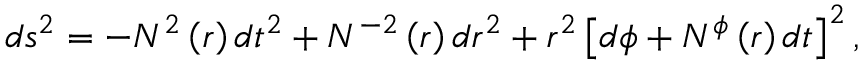
d s ^ { 2 } = - N ^ { 2 } \left( r \right) d t ^ { 2 } + N ^ { - 2 } \left( r \right) d r ^ { 2 } + r ^ { 2 } \left[ d \phi + N ^ { \phi } \left( r \right) d t \right] ^ { 2 } ,